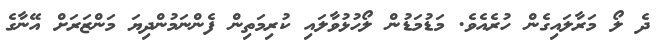
ދެ ލޯ މަރާލައިގެން ހުރެއެވެ. މަޑުމަޑުން ލޯހުޅުވާލައި ކުރިމަތިން ފެންނަމުންދިޔަ މަންޒަރަށް އޭނާގެ